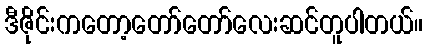
ဒီဇိုင်းကတော့တော်တော်လေးဆင်တူပါတယ်။